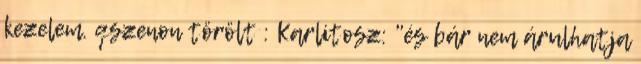
kezelem. qszenon törölt : Karlitosz: "és bár nem árulhatja